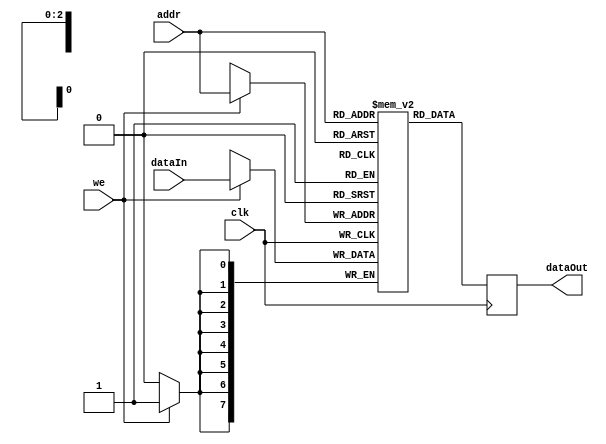
module memory (addr, dataIn, we, clk, dataOut);
  parameter addrWidth = 3; // default
  parameter dataWidth = 8; // default

  input      we, clk;
  input      [addrWidth-1 : 0] addr;
  input      [dataWidth-1 : 0] dataIn;
  output reg [dataWidth-1 : 0] dataOut;

  // memory array:
  reg [dataWidth-1 : 0] mem [2**addrWidth-1 : 0];

  always @ (posedge clk) begin
    if (we) mem[addr] <= dataIn;

    dataOut <= mem[addr];
  end

endmodule